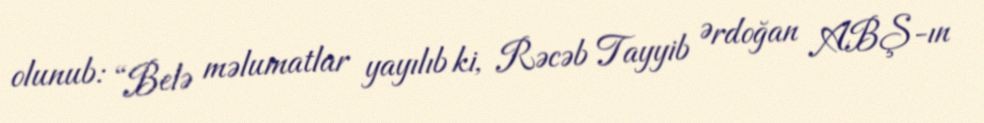
olunub: “Belə məlumatlar yayılıb ki, Rəcəb Tayyib Ərdoğan ABŞ-ın